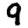
Digit: 9